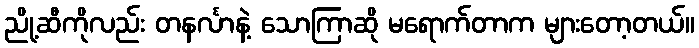
ညို့ဆီကိုလည်း တနင်္လာနဲ့ သောကြာဆို မရောက်တာက များတော့တယ်။